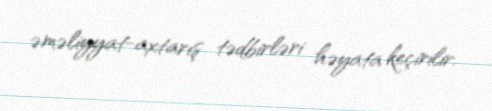
əməliyyat-axtarış tədbirləri həyata keçirilir.